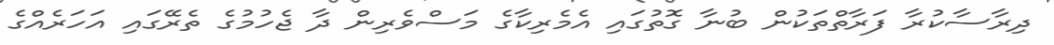
ދިރާސާކުރާ ފަރާތްތަކުން ބުނާ ގޮތުގައި އެމެރިކާގެ މަސްވެރިން ދާ ޖެހުމުގެ ތެރޭގައި އަހަރެއްގެ